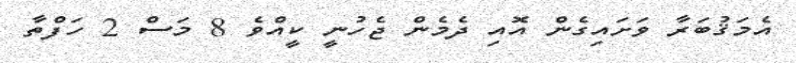
އެމަޤުބަރާ ވަށައިގެން އޮއި ދެމެން ޖެހުނީ ކީއްވެ 8 މަސް 2 ހަފްތާ